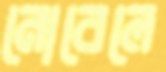
নোবেলে